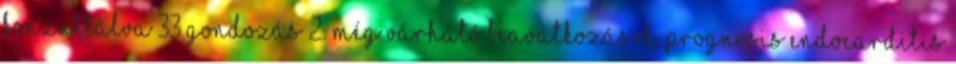
konzultálva 33 Gondozás 2. Még várható beavatkozások, prognosis Endocarditis